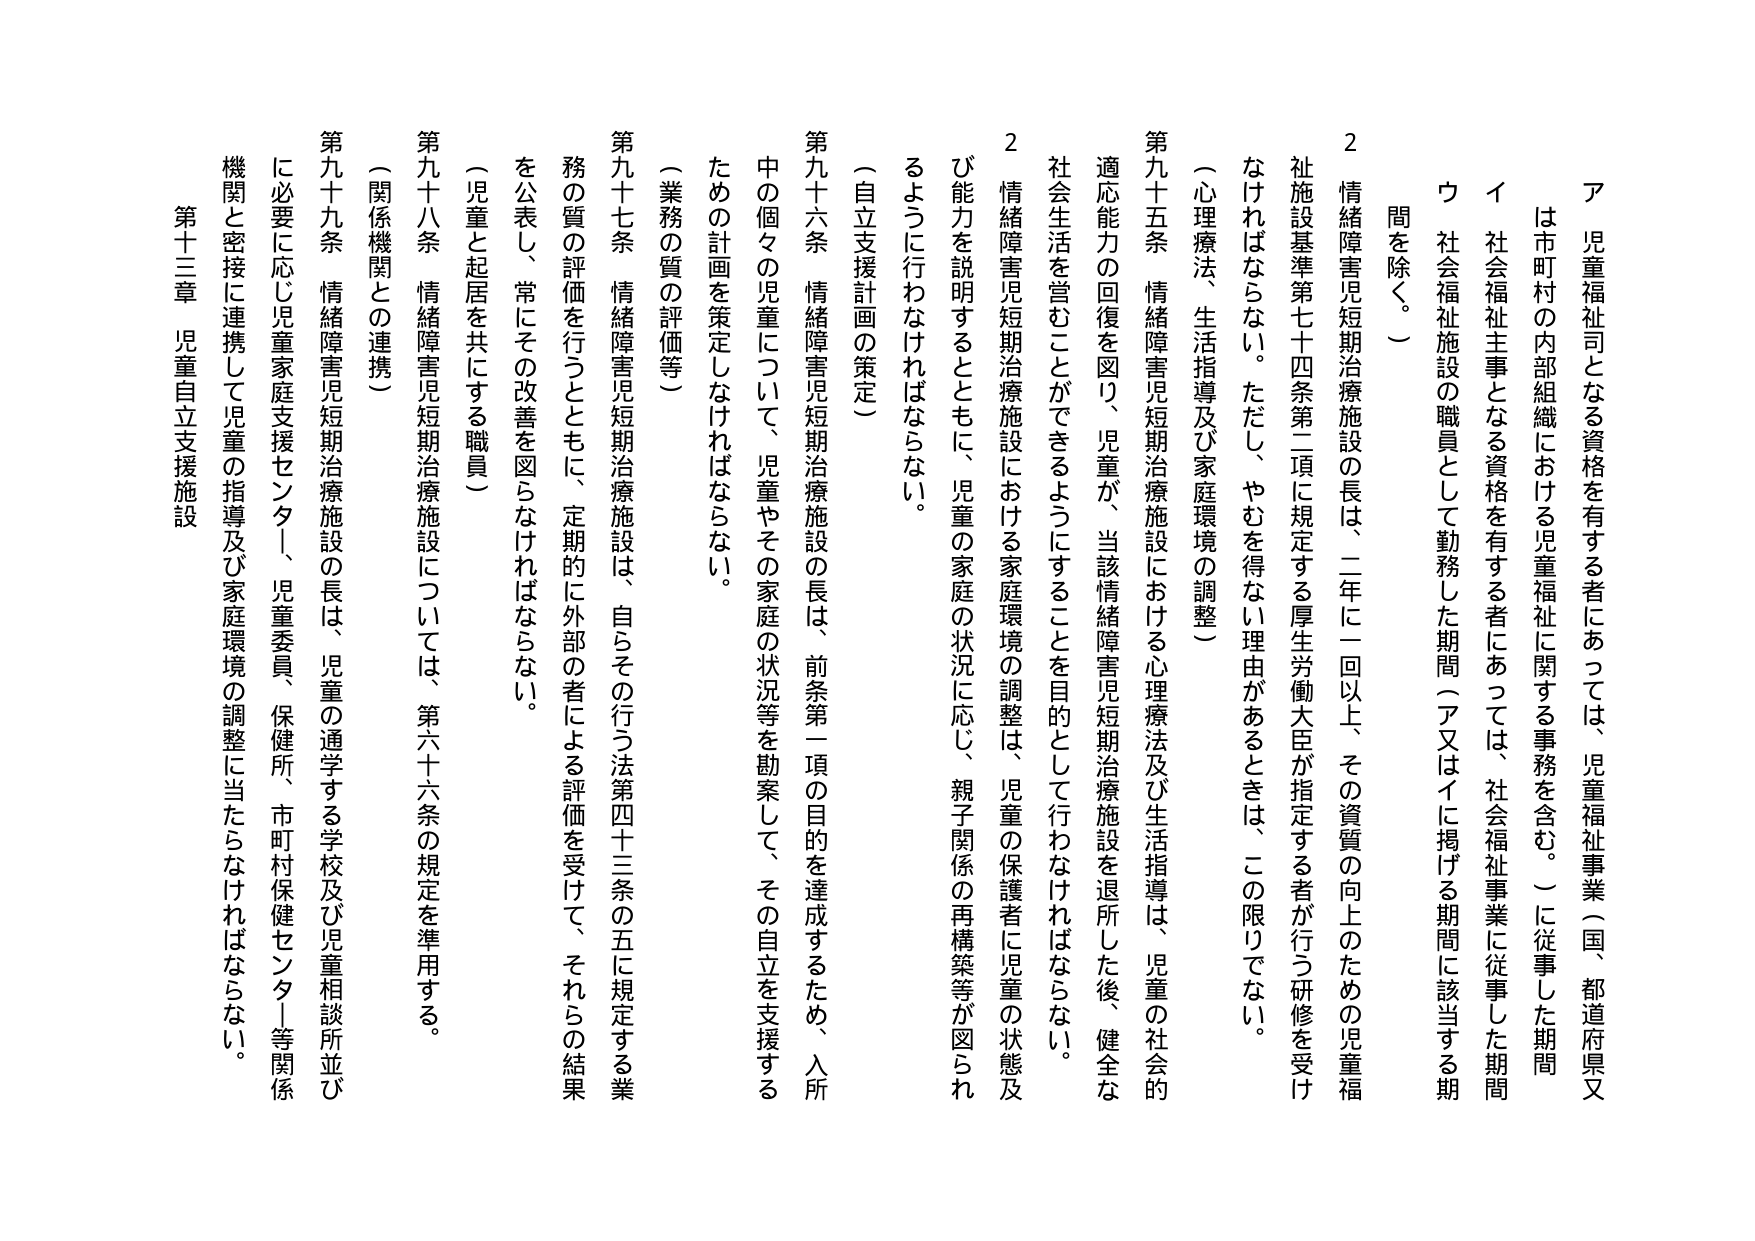
ア 児童福祉司となる資格を有する者にあっては、児童福祉事業（国、都道府県又は市町村の内部組織における児童福祉に関する事務を含む。）に従事した期間

イ 社会福祉主事となる資格を有する者にあっては、社会福祉事業に従事した期間

ウ 社会福祉施設の職員として勤務した期間（ア又はイに掲げる期間に該当する期間を除く。）

2 情緒障害児短期治療施設の長は、二年に一回以上、その資質の向上のための児童福祉施設基準第七十四条第二項に規定する厚生労働大臣が指定する者が行う研修を受けなければならない。ただし、やむを得ない理由があるときは、この限りでない。

（心理療法、生活指導及び家庭環境の調整）

第九十五条 情緒障害児短期治療施設における心理療法及び生活指導は、児童の社会的適応能力の回復を図り、児童が、当該情緒障害児短期治療施設を退所した後、健全な社会生活を営むことができるようにすることを目的として行わなければならない。

2 情緒障害児短期治療施設における家庭環境の調整は、児童の保護者に児童の状態及び能力を説明するとともに、児童の家庭の状況に応じ、親子関係の再構築等が図られるように行わなければならない。

（自立支援計画の策定）

第九十六条 情緒障害児短期治療施設の長は、前条第一項の目的を達成するため、入所中の個々の児童について、児童やその家庭の状況等を勘案して、その自立を支援するための計画を策定しなければならない。

（業務の質の評価等）

第九十七条 情緒障害児短期治療施設は、自らその行う法第四十三条の五に規定する業務の質の評価を行うとともに、定期的に外部の者による評価を受けて、それらの結果を公表し、常にその改善を図らなければならない。

（児童と起居を共にする職員）

第九十八条 情緒障害児短期治療施設については、第六十六条の規定を準用する。

（関係機関との連携）

第九十九条 情緒障害児短期治療施設の長は、児童の通学する学校及び児童相談所並びに必要に応じ児童家庭支援センター、児童委員、保健所、市町村保健センター等関係機関と密接に連携して児童の指導及び家庭環境の調整に当たらなければならない。

第十三章 児童自立支援施設